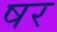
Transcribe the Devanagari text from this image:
षर